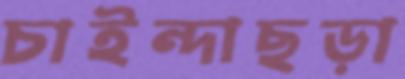
চাইন্দাছড়া